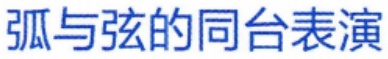
弧与弦的同台表演